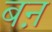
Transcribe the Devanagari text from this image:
बऩ